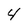
Character: 4